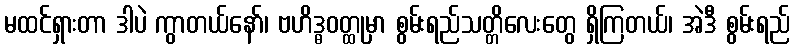
မထင်ရှားတာ ဒါပဲ ကွာတယ်နော်၊ ဗဟိဒ္ဓဝတ္ထုမှာ စွမ်းရည်သတ္တိလေးတွေ ရှိကြတယ်၊ အဲဒီ စွမ်းရည်